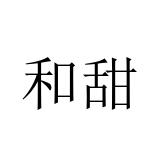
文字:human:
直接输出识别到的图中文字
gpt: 和甜